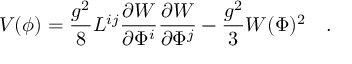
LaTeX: V ( \phi ) = \frac { g ^ { 2 } } { 8 } L ^ { i j } \frac { \partial { \cal W } } { \partial \Phi ^ { i } } \frac { \partial { \cal W } } { \partial \Phi ^ { j } } - \frac { g ^ { 2 } } { 3 } { \cal W } ( \Phi ) ^ { 2 } \quad .